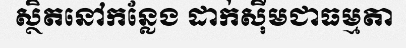
ស្ថិតនៅកន្លែង ដាក់ស៊ីមជាធម្មតា